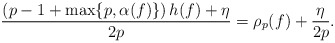
\begin{align*}\frac{\left(p-1+\max\{p,\alpha(f)\}\right)h(f)+\eta}{2p}= \rho_p(f)+\frac{\eta}{2p}.\end{align*}